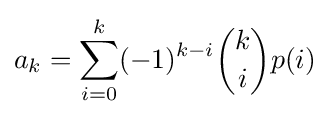
a_{k}=\sum _{i=0}^{k}(-1)^{k-i}{\binom {k}{i}}p(i)